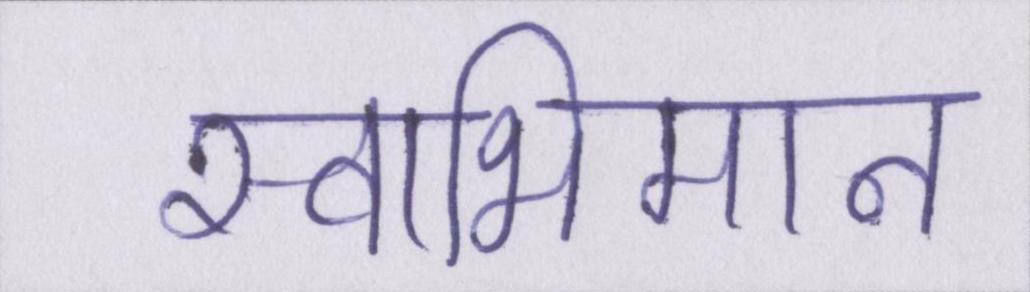
स्वाभिमान